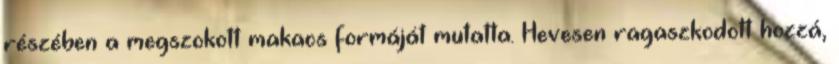
részében a megszokott makacs formáját mutatta. Hevesen ragaszkodott hozzá,